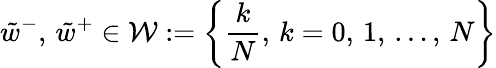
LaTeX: \tilde{w}^{-},\, \tilde{w}^{+}\in\mathcal{W}:=\left\{ \frac{k}{N},\, k=0,\, 1,\, \dots,\, N\right\}